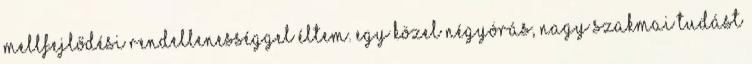
mellfejlődési rendellenességgel éltem. Egy közel négyórás, nagy szakmai tudást